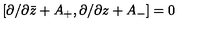
{ } [ \partial / \partial \bar { z } + A _ { + } , \partial / \partial z + A _ { - } ] = 0